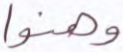
وهنوا